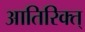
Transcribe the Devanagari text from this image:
आतिरिक्त्